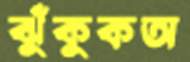
ঝুঁকুকঅ